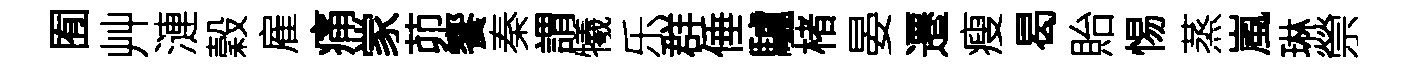
囿艸漣穀雇痛䝉茆饗秦謂犧乐群倕驢楮晏遷瘦曷貽惕蒸嵐琳禜